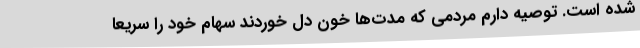
شده است. توصیه دارم مردمی که مدت‌ها خون دل خوردند سهام خود را سریعا